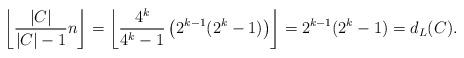
LaTeX: \begin{align*}\left\lfloor\frac{|C|}{|C|-1}n \right\rfloor=\left\lfloor\frac{4^k}{4^k-1}\left(2^{k-1}(2^k-1)\right) \right\rfloor=2^{k-1}(2^k-1)=d_L(C).\end{align*}